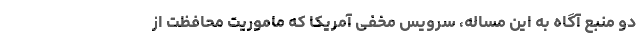
دو منبع آگاه به این مساله، سرویس مخفی آمریکا که ماموریت محافظت از